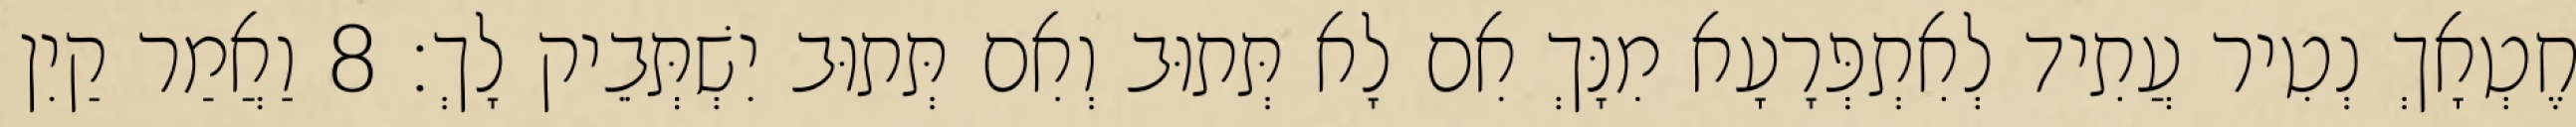
חֶטְאָךְ נְטִיר עֲתִיד לְאִתְפְּרָעָא מִנָּךְ אִם לָא תְּתוּב וְאִם תְּתוּב יִשְׁתְּבֵיק לָךְ׃ 8 וַאֲמַר קַיִן